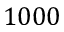
1 0 0 0